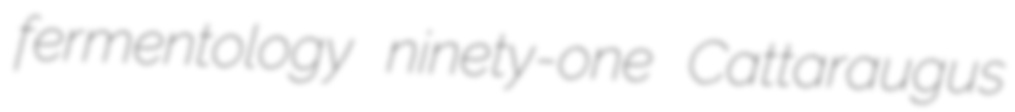
fermentology ninety-one Cattaraugus